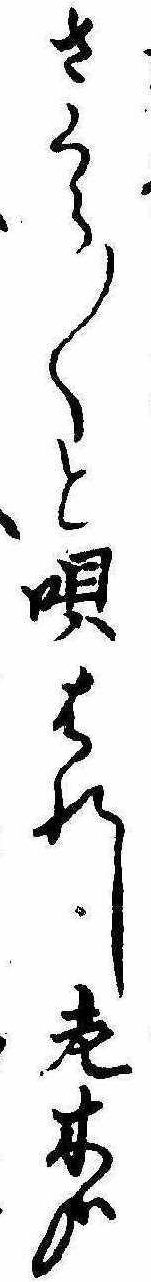
さくら〱と唄はれし老木哉